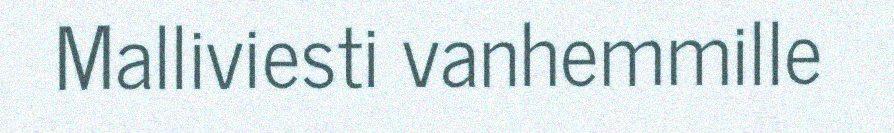
Malliviesti vanhemmille